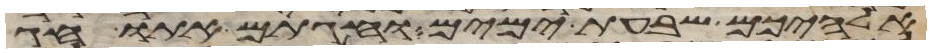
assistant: אלהיכם שבעת ימים וחגתם אתו חג